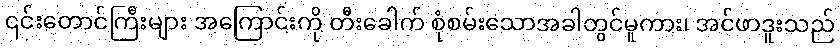
၎င်းတောင်ကြီးများ အကြောင်းကို တီးခေါက် စုံစမ်းသောအခါတွင်မူကား၊ အင်ဖာဒူးသည်